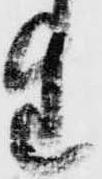
生